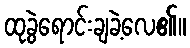
ထုခွဲရောင်းချခဲ့လေ၏။